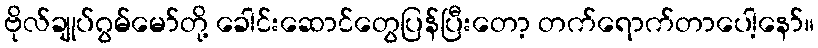
ဗိုလ်ချုပ်ဂွမ်မော်တို့ ခေါင်းဆောင်တွေပြန်ပြီးတော့ တက်ရောက်တာပေါ့နော်။